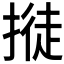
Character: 𢲛